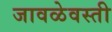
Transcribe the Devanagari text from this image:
जावळेवस्ती